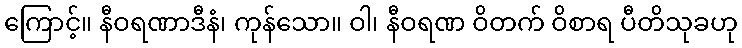
ကြောင့်။ နီဝရဏာဒီနံ၊ ကုန်သော။ ဝါ၊ နီဝရဏ ဝိတက် ဝိစာရ ပီတိသုခဟု